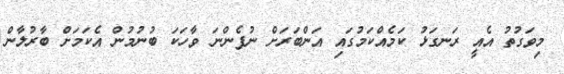
މިވަގުތު އެއީ ރަނގަޅު ކަމެއްކަމުގައި އަންބަރަށް ނުފެންނަ ވާހަކަ ބުނުމުން އެކަމަށް ބާރުލާން